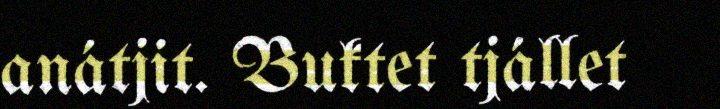
anátjit. Buktet tjállet